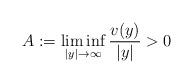
LaTeX: \begin{align*}A:=\liminf\limits_{|y|\rightarrow \infty}\frac{v(y)}{|y|}>0\end{align*}